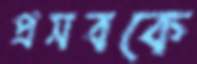
প্রসবকে